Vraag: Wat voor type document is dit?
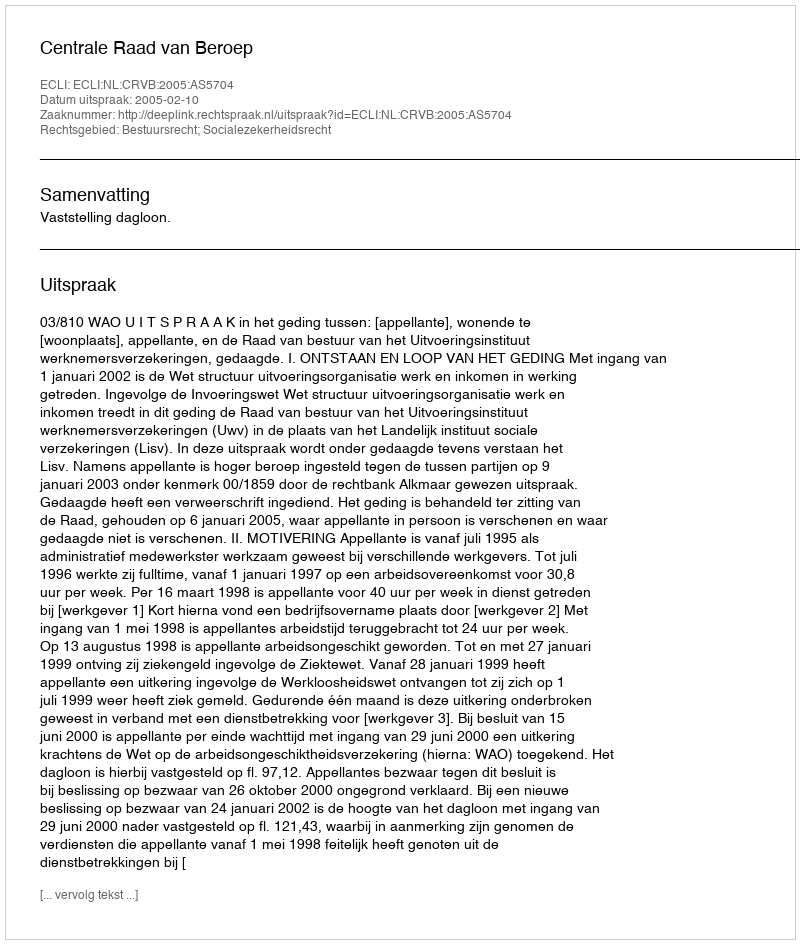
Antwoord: Uitspraak